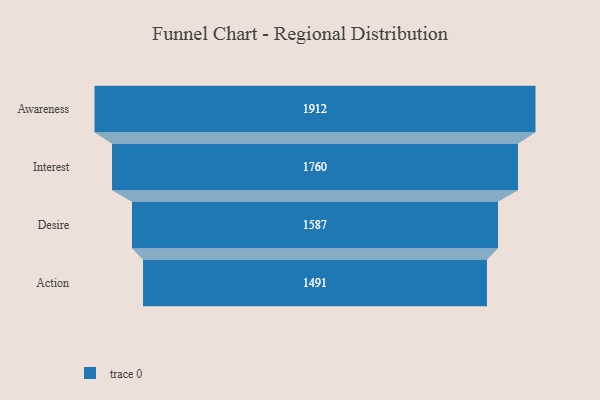
{"axis": {"x": "Stage", "y": "Value"}, "legend": [""], "data": [{"x": "Awareness", "y": 1912.0, "type": ""}, {"x": "Interest", "y": 1760.0, "type": ""}, {"x": "Desire", "y": 1587.0, "type": ""}, {"x": "Action", "y": 1491.0, "type": ""}]}